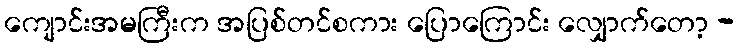
ကျောင်းအမကြီးက အပြစ်တင်စကား ပြောကြောင်း လျှောက်တော့ -